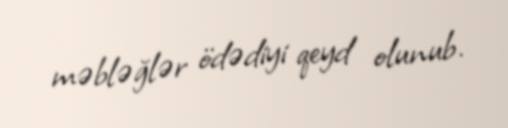
məbləğlər ödədiyi qeyd olunub.